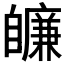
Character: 𦤩